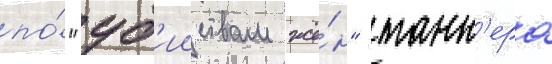
по́ "уб'ииствам жё́н" танн'ера